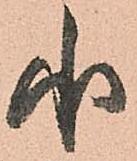
承